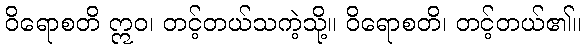
ဝိရောစတိ ဣဝ၊ တင့်တယ်သကဲ့သို့။ ဝိရောစတိ၊ တင့်တယ်၏။